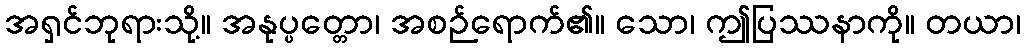
အရှင်ဘုရားသို့။ အနုပ္ပတ္တော၊ အစဉ်ရောက်၏။ သော၊ ဤပြဿနာကို။ တယာ၊